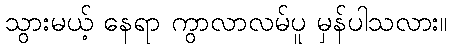
သွားမယ့် နေရာ ကွာလာလမ်ပူ မှန်ပါသလား။